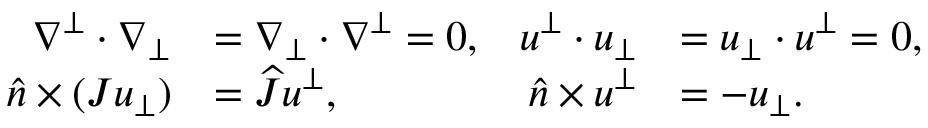
\begin{array} { r l r l } { \nabla ^ { \bot } \cdot \nabla _ { \bot } } & { = \nabla _ { \bot } \cdot \nabla ^ { \bot } = 0 , } & { u ^ { \bot } \cdot u _ { \bot } } & { = u _ { \bot } \cdot u ^ { \bot } = 0 , } \\ { \widehat { n } \times ( J u _ { \bot } ) } & { = \widehat { J } u ^ { \bot } , } & { \widehat { n } \times u ^ { \bot } } & { = - u _ { \bot } . } \end{array}